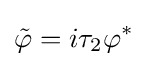
{\tilde {\varphi }}=i\tau _{2}\varphi ^{*}